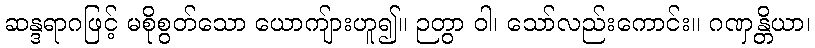
ဆန္ဒရာဂဖြင့် မစိုစွတ်သော ယောကျ်ားဟူ၍။ ဉတွာ ဝါ၊ သော်လည်းကောင်း။ ဂဏှန္တိယာ၊